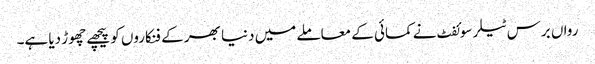
رواں برس ٹیلر سوئفٹ نے کمائی کے معاملے میں دنیا بھر کے فنکاروں کو پیچھے چھوڑ دیا ہے۔